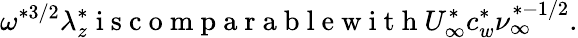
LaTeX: \omega^{\ast 3/2}\lambda_{z}^{\ast}\mathrm{~i~s~c~o~m~p~a~r~a~b~l~e~w~i~t~h~}U_{\infty}^{\ast}c_{w}^{\ast}\nu_{\infty}^{\ast-1/2}.